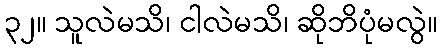
၃၂။ သူလဲမသိ၊ ငါလဲမသိ၊ ဆိုဘိပုံမလွဲ။